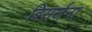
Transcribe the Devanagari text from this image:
बिसर्जना